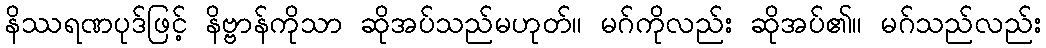
နိဿရဏပုဒ်ဖြင့် နိဗ္ဗာန်ကိုသာ ဆိုအပ်သည်မဟုတ်။ မဂ်ကိုလည်း ဆိုအပ်၏။ မဂ်သည်လည်း